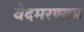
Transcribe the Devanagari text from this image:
वेदमरण्यम